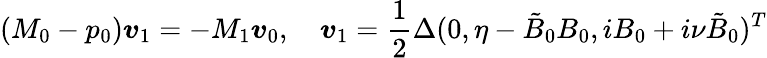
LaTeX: (M_{0}-p_{0})\boldsymbol{v}_{1}=-M_{1}\boldsymbol{v}_{0},\quad\boldsymbol{v}_{1}=\frac{1}{2}\Delta(0,\eta-\tilde{B}_{0}B_{0},iB_{0}+i\nu\tilde{B}_{0})^{T}